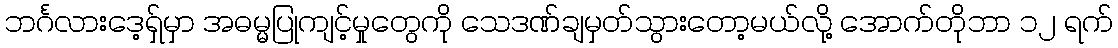
ဘင်္ဂလားဒေ့ရှ်မှာ အဓမ္မပြုကျင့်မှုတွေကို သေဒဏ်ချမှတ်သွားတော့မယ်လို့ အောက်တိုဘာ ၁၂ ရက်